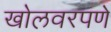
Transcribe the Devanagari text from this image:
खोलवरपणे